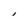
Character: I